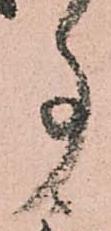
事